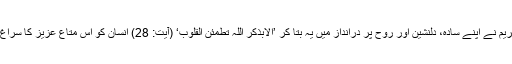
قرآن کریم نے اپنے سادہ، دلنشین اور روح پر درانداز میں یہ بتا کر ’الابذکر اللہ تطمئن القلوب‘ (آیت: 28) انسان کو اس متاع عزیز کا سراغ بتا دیا۔